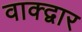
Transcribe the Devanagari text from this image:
वाक्द्वार